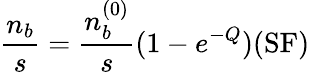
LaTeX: \frac{n_{b}}{s}=\frac{n_{b}^{(0)}}{s}(1-e^{-Q})(\mathrm{SF})